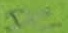
Text: DC